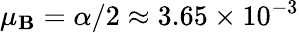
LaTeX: \mu_{\mathbf{B}}=\alpha/2\approx3.65\times10^{-3}